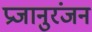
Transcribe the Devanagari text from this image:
प्रजानुरंजन